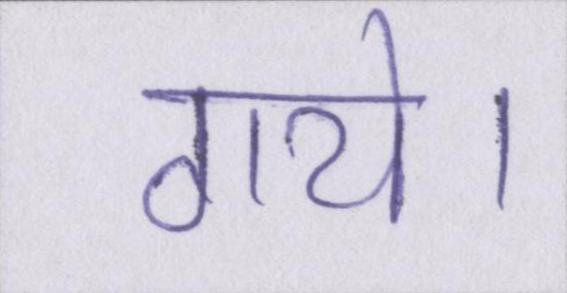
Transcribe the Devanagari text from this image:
गये।